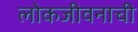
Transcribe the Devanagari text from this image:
लोकजीवनाची